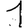
Digit: 1